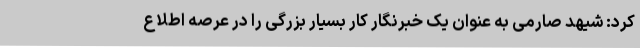
کرد: شیهد صارمی به عنوان یک خبرنگار کار بسیار بزرگی را در عرصه اطلاع